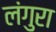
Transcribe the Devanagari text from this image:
लंगुरा